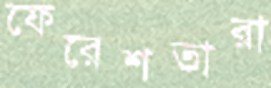
ফেরেশতারা